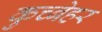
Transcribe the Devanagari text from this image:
कुच्बेहर